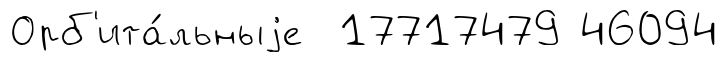
Орб'ита́льныjе 17717479 46094